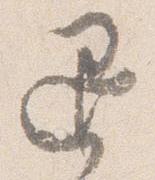
退